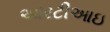
આરટીઆઇ